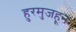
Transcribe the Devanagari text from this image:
हुरमुजहून